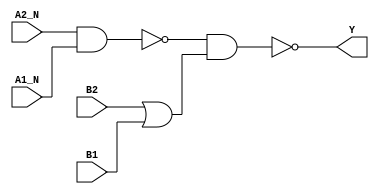
module sky130_fd_sc_lp__o2bb2ai (
    Y   ,
    A1_N,
    A2_N,
    B1  ,
    B2
);

    // Module ports
    output Y   ;
    input  A1_N;
    input  A2_N;
    input  B1  ;
    input  B2  ;

    // Module supplies
    supply1 VPWR;
    supply0 VGND;
    supply1 VPB ;
    supply0 VNB ;

    // Local signals
    wire nand0_out  ;
    wire or0_out    ;
    wire nand1_out_Y;

    //   Name   Output       Other arguments
    nand nand0 (nand0_out  , A2_N, A1_N        );
    or   or0   (or0_out    , B2, B1            );
    nand nand1 (nand1_out_Y, nand0_out, or0_out);
    buf  buf0  (Y          , nand1_out_Y       );

endmodule